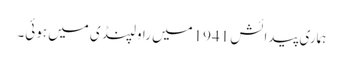
ہماری پیدائش 1941میں راولپنڈی میں ہوئی۔